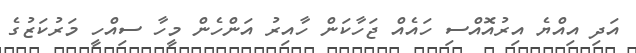
އަދި އިއްޔެ އިރުއޮއްސި ހައެއް ޖަހާކަން ހާއިރު އަންހެން މީހާ ސިއްހީ މަރުކަޒުގެ